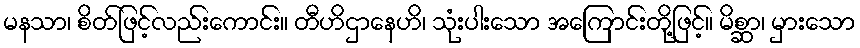
မနသာ၊ စိတ်ဖြင့်လည်းကောင်း။ တီဟိဌာနေဟိ၊ သုံးပါးသော အကြောင်းတို့ဖြင့်။ မိစ္ဆာ၊ မှားသော